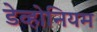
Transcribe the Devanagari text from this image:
डेव्होनियम